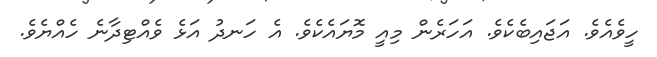
ހީވެއެވެ. އަޖައިބެކެވެ. އަހަރެން މިއީ މޮޔައެކެވެ. އެ ހަނދު އަޅެ ވެއްޓިދާނެ ހެއްޔެވެ.